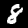
Digit: 8